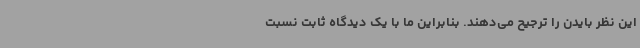
این نظر بایدن را ترجیح می‌دهند. بنابراین ما با یک دیدگاه ثابت نسبت